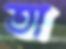
তা